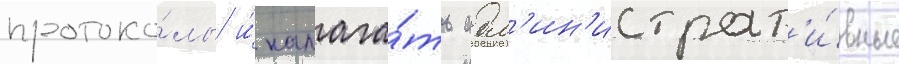
протоко́лы и́ налага́ть адм'ин'истрат'и́вные